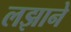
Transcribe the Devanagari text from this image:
लझाने